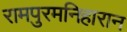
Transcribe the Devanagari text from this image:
रामपुरमनिहारान